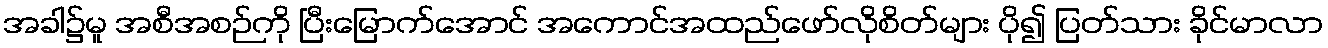
အခါ၌မူ အစီအစဉ်ကို ပြီးမြောက်အောင် အကောင်အထည်ဖော်လိုစိတ်များ ပို၍ ပြတ်သား ခိုင်မာလာ